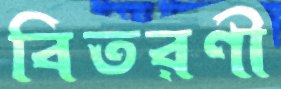
বিতরণী